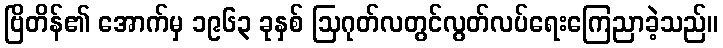
ဗြိတိန်၏ အောက်မှ ၁၉၆၃ ခုနှစ် ဩဂုတ်လတွင်လွတ်လပ်ရေးကြေညာခဲ့သည်။